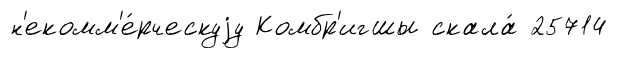
н'екомм'е́рческуjу Комбр'игшы скала́ 25714